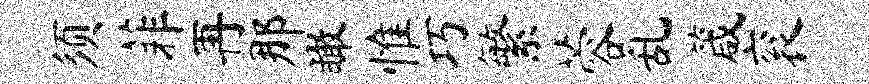
须菲再那瞰惟巧繁蓉乱箴衮